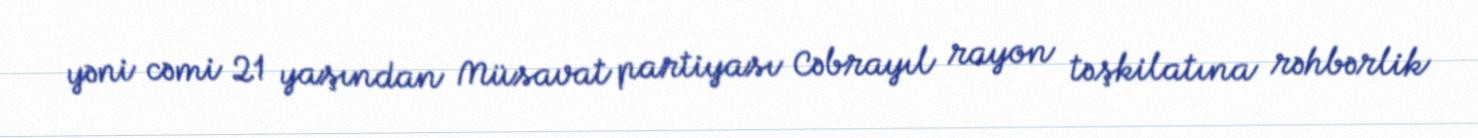
yəni cəmi 21 yaşından Müsavat partiyası Cəbrayıl rayon təşkilatına rəhbərlik